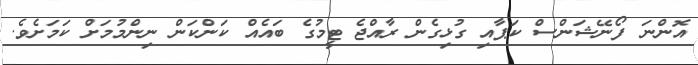
އޮންނަ ފޯނޭޝަންސް ކަޕާއި ގުޅިގެން ރާއްޖެ ޓީމުގެ ބައެއް ކަންކަން ނިންމުމަށް ކަމަށެވެ.